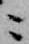
ニ